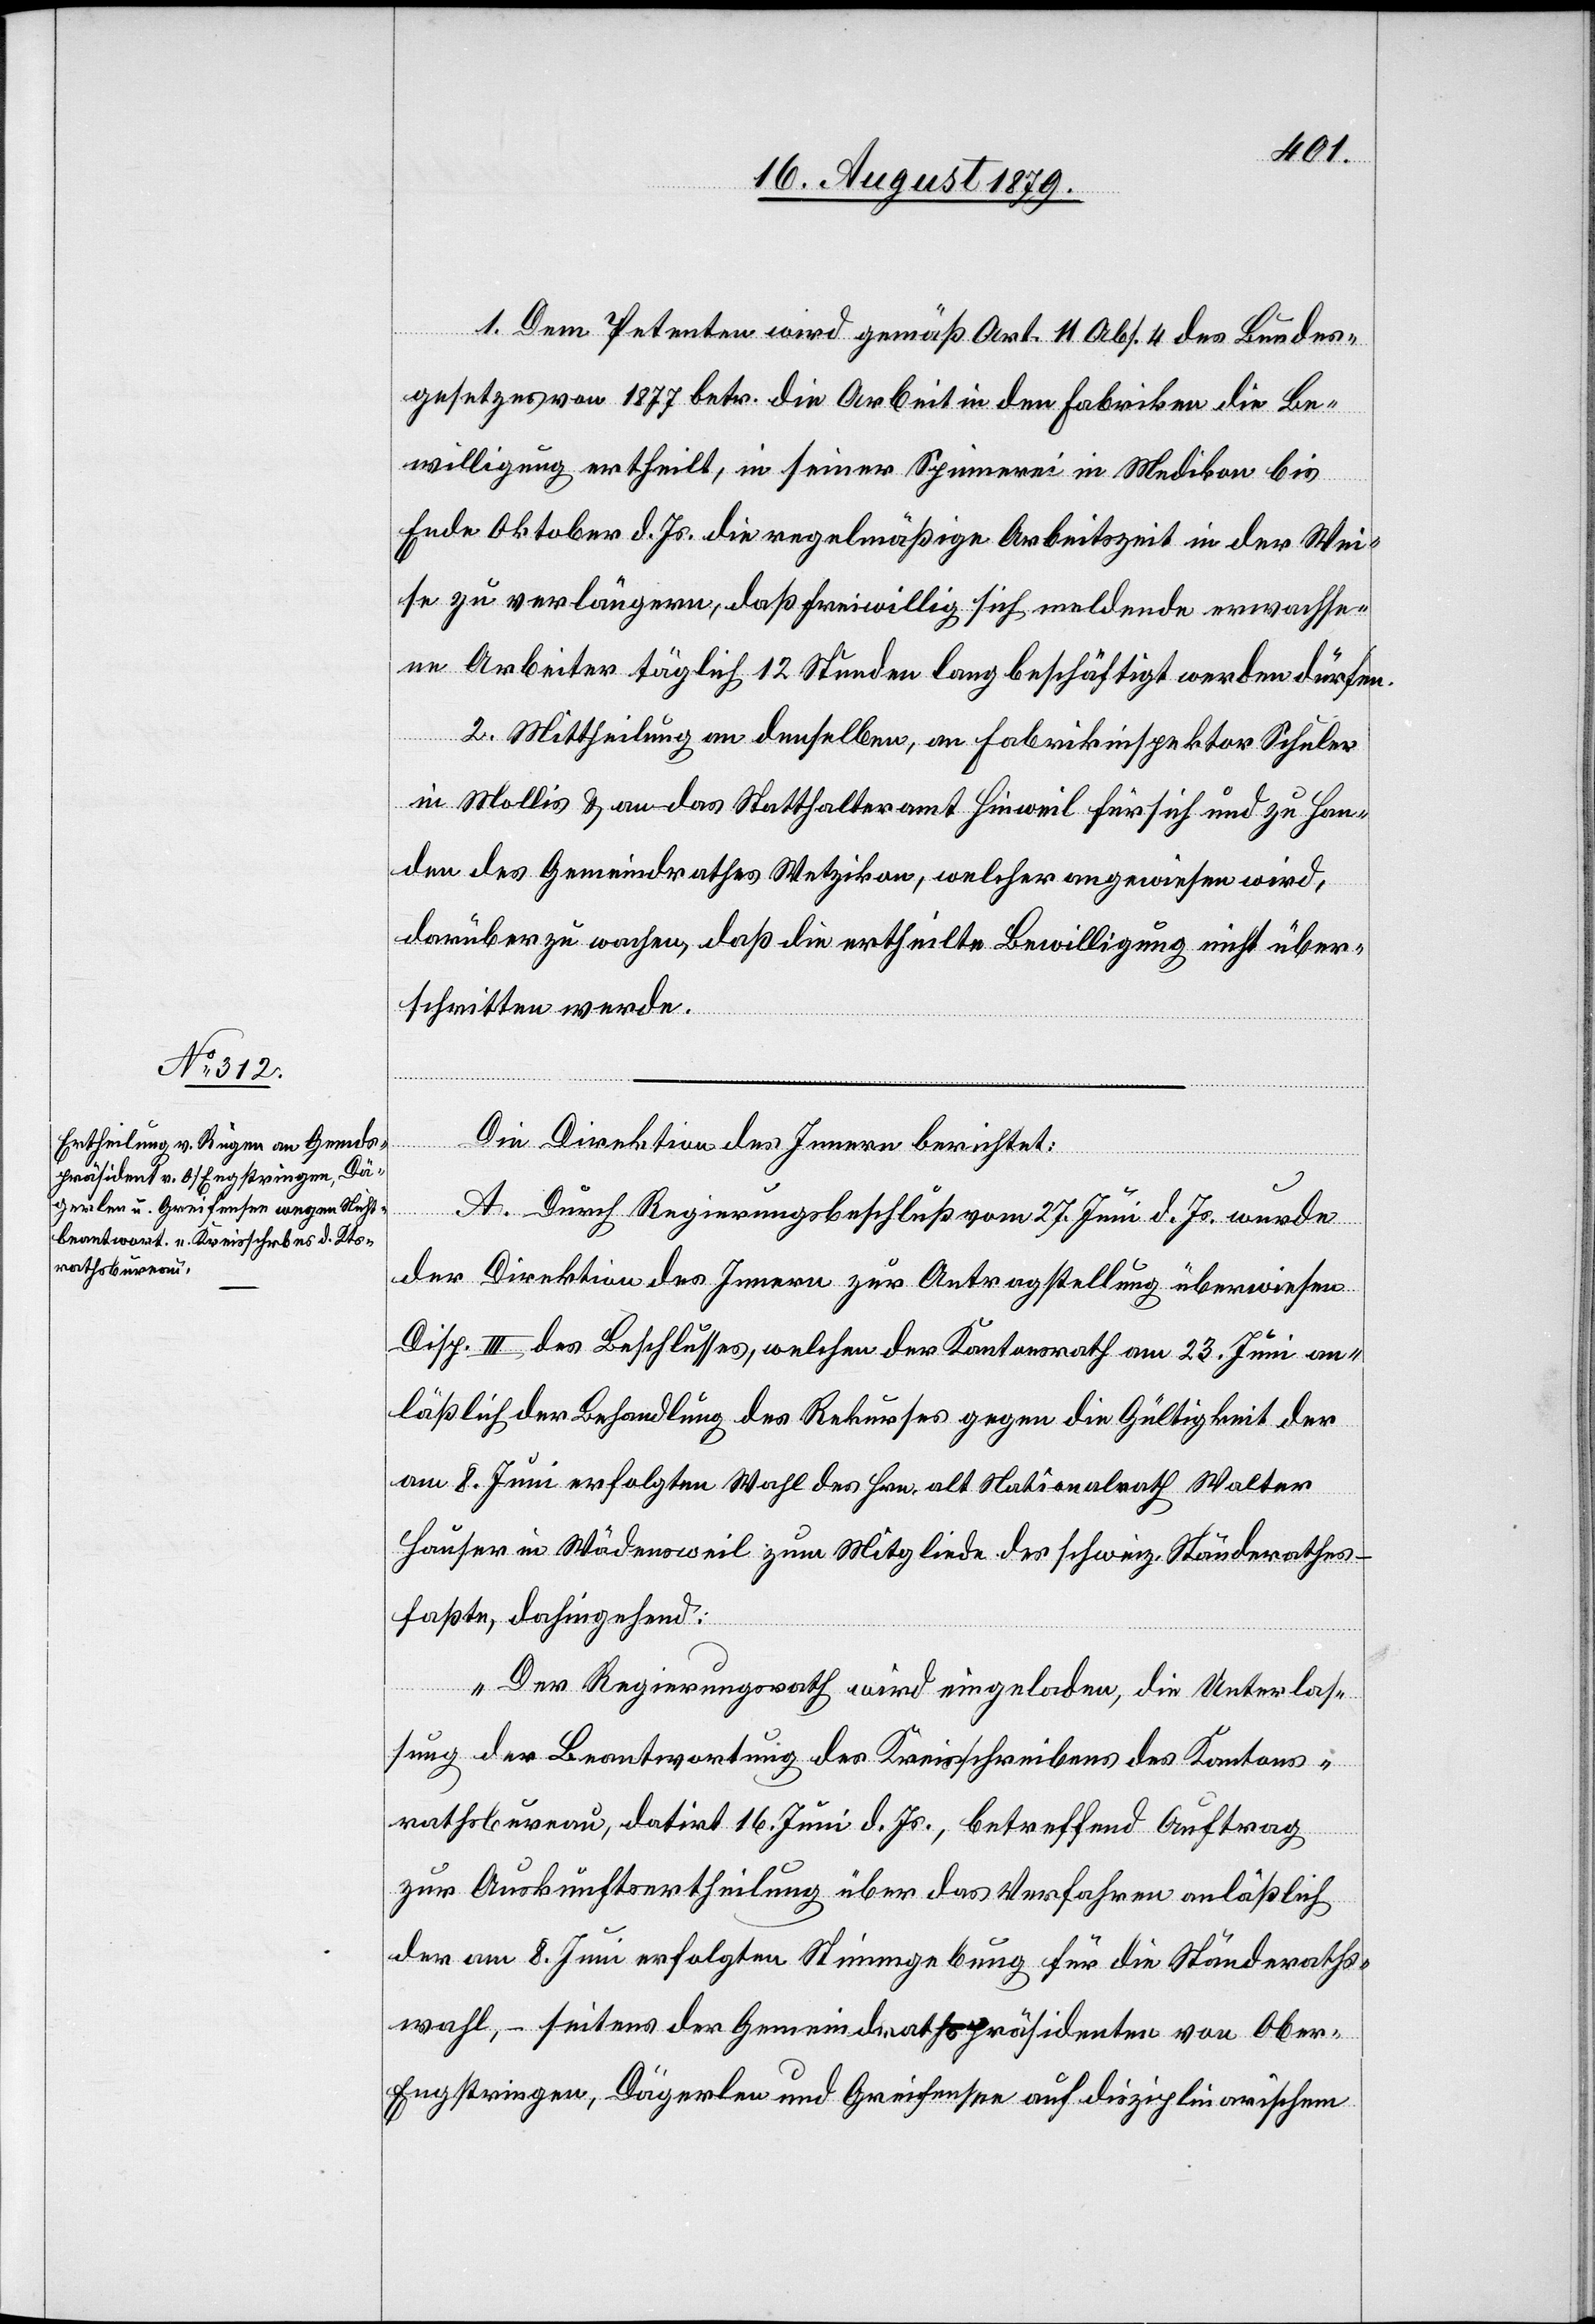
1. Dem Petenten wird gemäß Art. 11 Abs. 4 des Bundes¬
gesetzes vom 1877 betr. die Arbeit in den Fabriken die Be¬
willigung ertheilt, in seiner Spinnerei in Medikon bis
Ende Oktober d. Js. die regelmäßige Arbeitszeit in der Wei¬
se zu verlängern, daß freiwillig sich meldende erwachse¬
ne Arbeiter täglich 12 Stunden lang beschäftigt werden dürfen.
2. Mittheilung an denselben, an Fabrikinspektor Schuler
in Mollis & an das Statthalteramt Hinweil für sich und zu Han¬
den des Gemeindrathes Wetzikon, welcher angewiesen wird,
darüber zu wachen, daß die ertheilte Bewilligung nicht über¬
schritten werde.
Die Direktion des Innern berichtet:
A. Durch Regierungsbeschluß vom 27. Juni d. Js. wurde
der Direktion des Innern zur Antragstellung überwiesen
Disp. III des Beschlusses, welchen der Kantonsrath am 23. Juni an¬
läßlich der Behandlung des Rekurses gegen die Gültigkeit der
am 8. Juni erfolgten Wahl des Hrn. alt Nationalrath Walter
Hauser in Wädensweil zum Mitgliede des schweiz. Ständerathes
faßte, dahingehend:
„Der Regierungsrath wird eingeladen, die Unterlas¬
sung der Beantwortung des Kreischreibens des Kantons¬
rathsbureau, datirt 16. Juni d. Js., betreffend Auftrag
zur Auskunftsertheilung über das Verfahren anläßlich
der am 8. Juni erfolgten Stimmgebung für die Ständeraths¬
wahl, – seitens der Gemeindrathspräsidenten von Obe¬
r-Engstringen, Dägerlen und Greifensee auf disziplinarischem